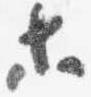
等